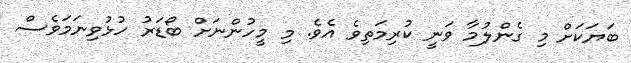
ބަޔަކަށް މި ގެންލުމާ ވަނީ ކުރިމަތިވެ އެވެ. މި މީހުންނަށް ބޯޑަރު ހުޅުވިނަމަވެސް